Report on vaccination in Madras 1922-1929 - 1922-1929
Year: 1922
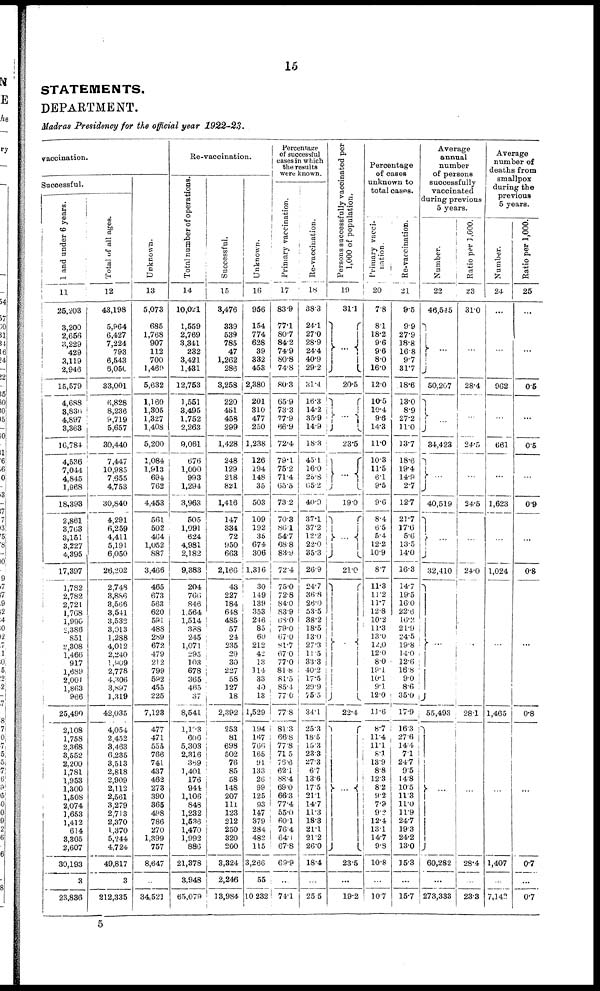
15
STATEMENTS.
DEPARTMENT.
Madras Presidency for the official year 1922-23.
vaccination.
Successful.
1 and under 6 years.
11
25,208
3,200
]
2,656
8,229
429
3,119
2,946
15,579
4,688
3,836
4,897
3,368
16,784
4,536
7,044
4,845
1,068
18,393
2,861
3,763
3,151
3,227
4,395
17,397
1,782
2,782
2,721
1,768
1,990
2,386
851
2,308
1,466
917
1,689
2,001
1,863
966
25,490
2,108
1,758
2,368
3,552
2,200
1,781
1,953
1,300
1,508
2,074
1,653
1,412
614
3,305
2,607
30,193
3
23,836
Total of all ages.
12
43,198
5,964
6,427
7,224
793
6,543
6,050
33,001
6,828
8,236
9,719
5,657
30,440
7,447
10,985
7,655
4,753
30,840
4,291
6,259
4,411
5,191
6,050
26,202
2,748
3,886
3,566
3,541
3,533
3,013
1,288
4,012
2,240
1,909
2,778
4,306
3,897
1,319
42,035
4,054
2,452
3,463
6,235
3,513
2,818
2,909
2,112
2,561
3,279
2,713
2,370
1,370
5,244
4,724
49,817
3
212,335
Unknown.
13
5,073
685
1,768
907
112
700
1,460
5,632
1,160
1,305
1,327
1,408
5,200
1,084
1,913
694
762
4,453
561
502
464
1,052
887
3,466
465
673
563
620
591
488
289
672
479
212
799
592
455
225
7,123
477
471
555
766
741
437
462
273
390
365
498
786
270
1,399
757
8,647
…
34,521
Re-vaccination.
Total number of operations
14
10,021
1,559
2,769
3,841
232
3,421
1,431
12,753
1,551
3,495
1,752
2,263
9,061
676
1,000
993
1,294
3,963
505
1,091
624
4,981
2,182
9,383
204
766
846
1,564
1,514
338
245
1,071
295
103
678
365
465
37
8,541
l,l23
606
5,303
2,316
369
1,401
176
944
1,106
848
1,232
1,536
1,470
1,992
886
21,378
8,948
65,079
Successful.
15
3,476
339
539
785
47
1,262
286
3,258
220
451
458
299
1,428
248
129
218
821
1,416
147
334
72
950
663
2,166
43
227
184
648
485
57
24
235
29
30
227
58
127
18
2,392
253
81
698
502
76
85
58
148
207
111
123
212
250
320
200
3,324
2,246
13,984
Unknown.
16
956
154
774
628
39
382
453
2,380
201
810
477
250
1,238
126
194
148
35
503
109
192
35
674
306
1,316
30
149
139
353
246
85
60
212
42
13
114
33
40
13
1,529
194
167
766
165
91
133
26
99
125
93
147
379
284
482
115
3,266
55
10,232
Percentage
of successful
cases in which
the results
were known.
Primary vaccination.
17
83.9
77.1
80.7
84.2
74.9
80.8
74.8
80.3
65.9
73.3
77.9
66.9
72.4
79.1
75.2
71.4
65.5
73.2
70.3
86.1
54.7
68.8
83.9
72.4
75.0
72.8
84.0
83.9
68.0
79.0
67.0
81.7
67.0
77.0
81.8
81.5
85.4
77.0
77.8
81.3
66.8
77.8
71.5
76.6
62.1
88.4
69.0
66.3
77.4
55.0
60.1
76.4
64.1
67.8
69.9
...
74.1
Re-vaccination.
18
88.3
24.1
27.0
28.9
24.4
40.9
29.2
31.4
16.3
14.2
35.9
14.9
18.3
45.1
16.0
25.8
65.2
40.9
37.1
37.2
12.2
22.0
35.3
26.9
24.7
36.8
26.0
53.5
38.2
18.5
13.0
27.3
11.5
33.3
40.2
17.5
29.9
75.5
34.1
25.3
18.5
15.3
23.3
27.3
6.7
13.6
17.5
21.1
14.7
11.3
18.3
21.1
21.2
26.0
18.4
…
25.5
Persons successfully vaccinated per
1,000 of population.
19
31.1
…
20.5
…
23.5
…
19.0
…
21.0
…
22.4
...
23.5
...
19.2
Percentage
of cases
unknown to
total cases.
Primary vacci-
nation .
20
7.8
8.1
18.2
9.6
9.6
8.0
16.0
12.0
10.5
10.4
9.6
14.3
11.0
10.3
11.5
6.1
9.5
9.6
8.4
6.5
5.4
12.2
10.9
8.7
11.3
11.2
11.7
12.8
10.2
11.3
13.0
12.0
12.0
8.0
19.1
10.1
9.1
12.0
10.6
8.7
11.4
11.1
8.1
13.9
8.8
12.3
8.2
9.2
7.9
9.2
12.4
13.1
14.7
9.8
10.8
…
10.7
Re-vaccination.
21
9.5
9.9
27.9
18.8
16.8
9.7
31.7
18.6
13.0
8.9
27.2
11.0
13.7
18.6
19.4
14.9
2.7
12.7
21.7
17.6
5.6
13.5
14.0
16.3
14.7
19.5
16.0
22.6
16.2
21.9
24.5
19.8
14.0
12.6
16.8
9.0
8.6
35.0
17.9
16.3
27.6
14.4
7.1
24.7
9.5
14.8
10.5
11.3
11.0
11.9
24.7
19.3
24.2
13.0
15.3
...
15.7
Average
annual
number
of persons
successfully
vaccinated
during previous
5 years.
Number.
22
46,545
…
50,207
…
84,423
...
40,519
…
32,410
…
55,493
…
60,282
...
273,333
Ratio per 1,000.
23
31.0
…
28.4
…
24.5
…
24.5
…
24.0
…
28.1
…
28.4
…
23.3
Average
number of
deaths from
smallpox
during the
previous
5 years.
Number.
24
...
…
962
…
661
...
1,623
…
1,024
…
1,465
…
1,407
…
7,142
Ratio per 1,000.
25
…
...
0.5
...
0.5
...
0.9
...
0.8
...
0.8
...
0.7
...
0.7
5